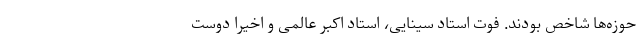
حوزه‌ها شاخص بودند. فوت استاد سینایی، استاد اکبر عالمی و اخیرا دوست